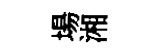
場湘